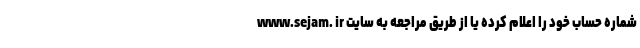
www.sejam. ir شماره حساب خود را اعلام کرده یا از طریق مراجعه به سایت